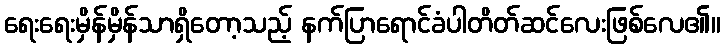
ရေးရေးမှိန်မှိန်သာရှိတော့သည့် နက်ပြာရောင်ခံပါတိတ်ဆင်လေးဖြစ်လေ၏။